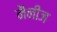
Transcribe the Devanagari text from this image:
नैनीज